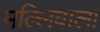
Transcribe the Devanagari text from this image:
मल्लिवाला